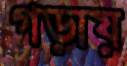
গড়ায়